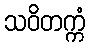
သဝိတက္ကံ